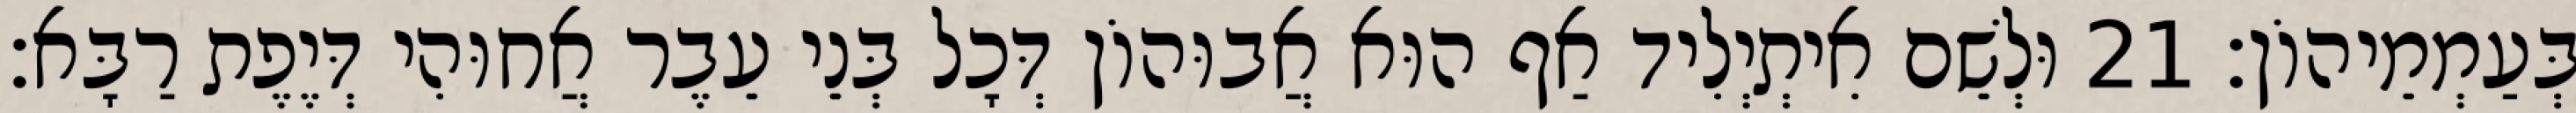
בְּעַמְמֵיהוֹן׃ 21 וּלְשֵׁם אִיתְיְלִיד אַף הוּא אֲבוּהוֹן דְּכָל בְּנֵי עֵבֶר אֲחוּהִי דְּיֶפֶת רַבָּא׃